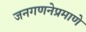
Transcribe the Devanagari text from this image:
जनगणनेप्रमाणे